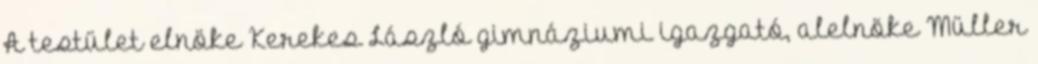
A testület elnöke Kerekes László gimnáziumi igazgató, alelnöke Müller